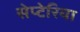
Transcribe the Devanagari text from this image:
सेप्टेरिया